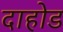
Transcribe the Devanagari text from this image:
दाहोड